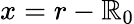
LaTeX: x=r-\mathbb{R}_{0}